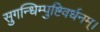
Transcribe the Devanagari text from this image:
सुगन्धिम्पुष्टिवर्धनम्‌।